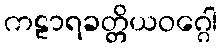
ကဠာရခတ္တိယဝဂ္ဂေါ